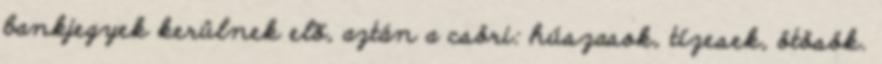
bankjegyek kerülnek elõ, aztán a csöri: húszasok, tízesek, ötösök.